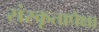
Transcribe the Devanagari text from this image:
संस्कृतापेक्षा